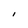
Character: I